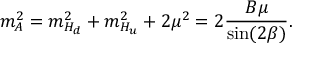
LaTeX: m _ { A } ^ { 2 } = m _ { H _ { d } } ^ { 2 } + m _ { H _ { u } } ^ { 2 } + 2 \mu ^ { 2 } = 2 { \frac { B \mu } { \sin ( 2 \beta ) } } .